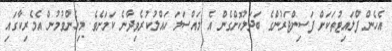
އެހެން ފްލައިޓުތަކަށް ފަސިންޖަރުންގެ ބަދަލުކޮށްގެން އެ މައްސަލަ ހައްލުކުރެވިދާނެ ކަމަށެވެ. މިހެންވުމުން އެމެރިކާގައި